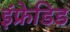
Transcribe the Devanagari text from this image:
इंफ्रेडिड